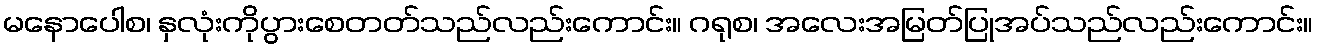
မနောပေါစ၊ နှလုံးကိုပွားစေတတ်သည်လည်းကောင်း။ ဂရုစ၊ အလေးအမြတ်ပြုအပ်သည်လည်းကောင်း။